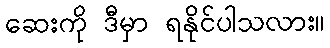
ဆေးကို ဒီမှာ ရနိုင်ပါသလား။